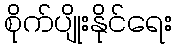
စိုက်ပျိုးနိုင်ရေး